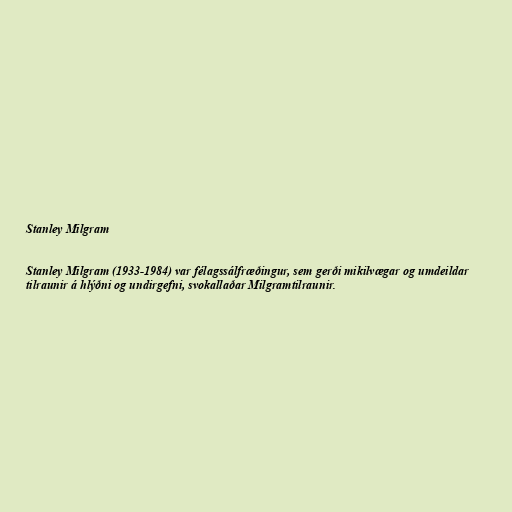
Stanley Milgram

Stanley Milgram (1933-1984) var félagssálfræðingur, sem gerði mikilvægar og umdeildar
tilraunir á hlýðni og undirgefni, svokallaðar Milgramtilraunir.